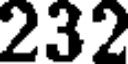
232